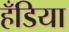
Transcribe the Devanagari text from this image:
हँडिया